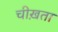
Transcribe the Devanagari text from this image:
चीख़ता